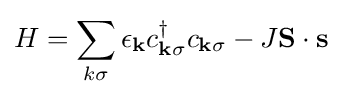
H=\sum _{k\sigma }\epsilon _{\mathbf {k} }c_{\mathbf {k} \sigma }^{\dagger }c_{\mathbf {k} \sigma }-J\mathbf {S} \cdot \mathbf {s}